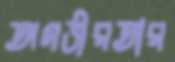
অগভীরতার